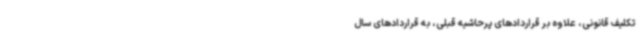
تکلیف قانونی، علاوه بر قراردادهای پرحاشیه قبلی، به قراردادهای سال